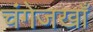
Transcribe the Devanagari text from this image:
चंगेजखाँ